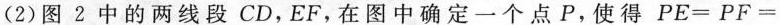
(2)图2中的两线段CD，EF，在图中确定一个点P，使得$$PE = PF =